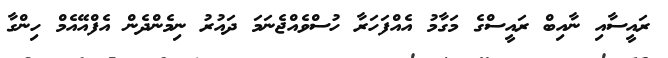
ރައީސާއި ނާއިބް ރައީސްގެ މަގާމު އެއްފަހަރާ ހުސްވެއްޖެނަމަ ދައުރު ނިމެންދެން އެފްއޭއެމް ހިންގާ